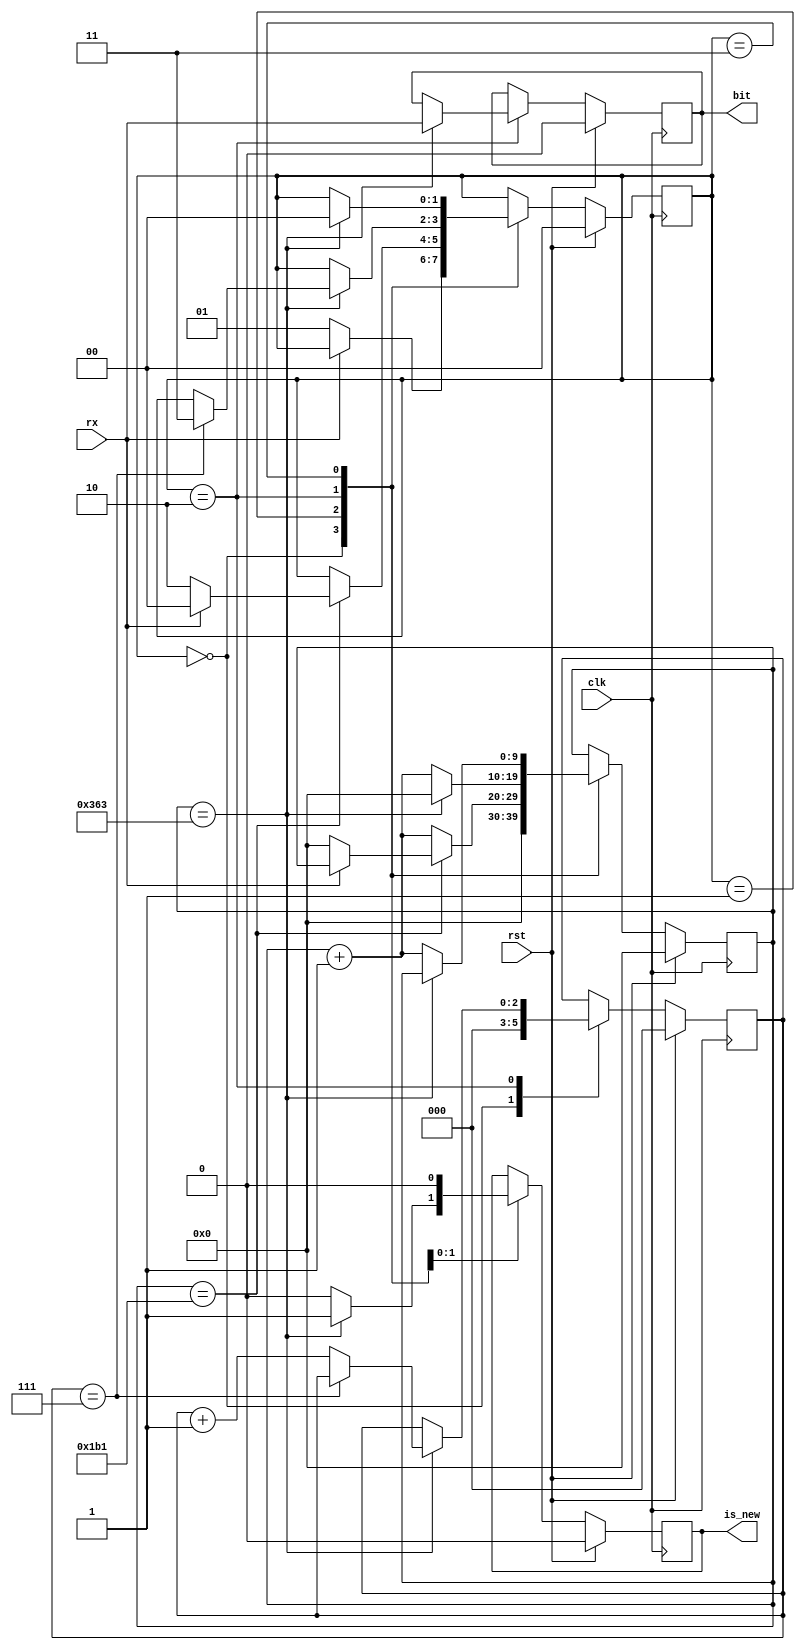
module UART_Receiver 
#(
    parameter CLK_FREQ = 100_000_000,
    parameter BAUD_RATE = 115_200
)(
    input clk, rst,
    input rx,           //Received UART signal
    output reg bit,     //Output bit value
    output reg is_new   //Indicates if output is valid
);
    //Constants
    localparam TIMER_LIMIT = CLK_FREQ/BAUD_RATE;                        //Number of clock cycles that module has to wait
    localparam TIMER_REG_LENGTH = $rtoi($ceil($clog2(TIMER_LIMIT)));    //Register length that will be hold timer value
    
    //States
    localparam IDLE = 0;
    localparam START = 1;
    localparam TRANSMISSION = 2;
    localparam STOP = 3;
    
    //Registers
    reg bit_reg;                        //Holds outgoing bit
    reg is_new_reg;                     //Indicates if outgoing bit is valid
    reg[1:0] state;                     //State of the UART
    reg[TIMER_REG_LENGTH-1:0] timer;    //Timer value that is used to meet baud rate
    reg[2:0] bit_counter;               //Holds received bit count
    
    //Output signals
    always @(*) begin
        bit <= bit_reg;
        is_new <= is_new_reg;
    end
    
    //UART state transition
    always @(posedge clk) begin
        if(rst) begin
            bit_reg <= 1'b0;
            is_new_reg <= 1'b0;
            state <= 2'b0;
            timer <= {TIMER_REG_LENGTH{1'b0}};
            bit_counter <= 3'b0;
        end else begin
            case(state)
                IDLE: begin
                    //initialize bit_counter and timer
                    bit_counter <= 3'b0;
                    timer <= {TIMER_REG_LENGTH{1'b0}};
                    
                    //Start transfer if input signal is 0
                    if(rx == 1'b0)
                        state <= START;
                end
                START: begin
                    //When timer is half of TIMER_LIMIT sample rx
                    //This makes it possible to sample rx in the middle. So it is safer.
                    if(timer == TIMER_LIMIT/2-1) begin
                        if(rx == 1'b0) begin
                            //Signal is still 0 so start data transfer
                            timer <= {TIMER_REG_LENGTH{1'b0}};
                            state <= TRANSMISSION;
                        end else begin
                            //Signal is 1 so it is unreliable. Go back to IDLE state
                            state <= IDLE;
                        end
                    end else begin
                        //Increment timer
                        timer <= timer + 1;
                    end
                end
                TRANSMISSION: begin
                    //If timer reaches to TIMER_LIMIT sample rx and use it as data bit
                    if(timer == TIMER_LIMIT-1) begin
                        timer <= {TIMER_REG_LENGTH{1'b0}};
                        bit_reg <= rx;
                        is_new_reg <= 1'b1;
                        
                        if(bit_counter == 3'd7)
                            //If bit count reaches 8 transfer is completed
                            state <= STOP;
                        else
                            //Increment bit count until 8 bit is get
                            bit_counter <= bit_counter + 1;
                    end else begin
                        //Increment timer
                        is_new_reg <= 1'b0;
                        timer <= timer + 1;
                    end
                end
                STOP: begin
                    is_new_reg <= 1'b0;
                
                    if(timer == TIMER_LIMIT-1) begin
                        //When stop bit is came go back to IDLE state
                        state <= IDLE;
                    end else begin
                        //Increment timer
                        timer <= timer + 1;
                    end
                end
            endcase
        end
    end
    
endmodule